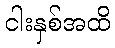
ငါးနှစ်အထိ